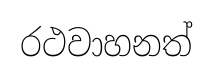
රථවාහනත්